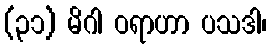
(၃၁) မိဂါ ဝရာဟာ ပသဒါ၊